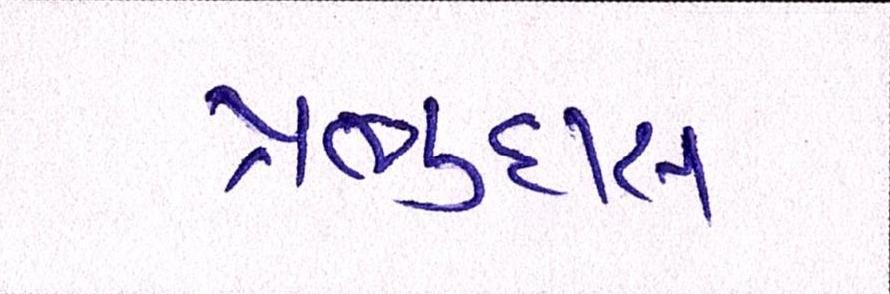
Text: પ્રભુદાસ